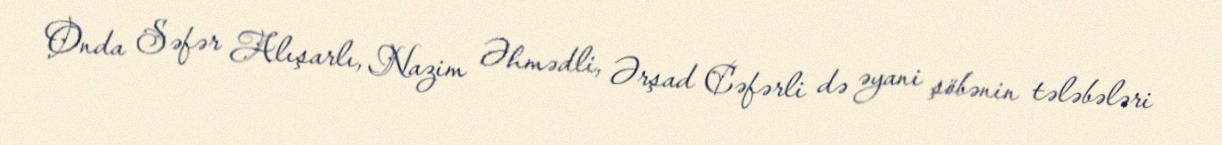
Onda Səfər Alışarlı, Nazim Əhmədli, Ərşad Cəfərli də əyani şöbənin tələbələri